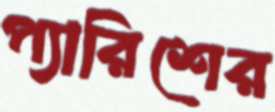
প্যারিশের